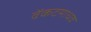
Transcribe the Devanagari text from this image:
वेंकटमाधव